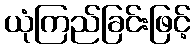
ယုံကြည်ခြင်းဖြင့်